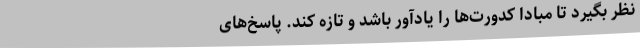
نظر بگیرد تا مبادا کدورت‌ها را یادآور باشد و تازه کند. پاسخ‌‌های